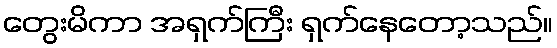
တွေးမိကာ အရှက်ကြီး ရှက်နေတော့သည်။